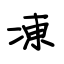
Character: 凍